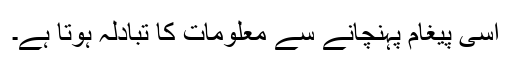
اسی پیغام پہنچانے سے معلومات کا تبادلہ ہوتا ہے۔